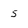
Character: s